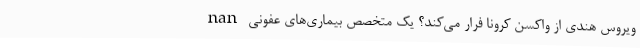
nan ویروس هندی از واکسن کرونا فرار می‌کند؟ یک متخصص بیماری‌های عفونی